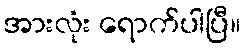
အားလုံး ရောက်ပါပြီ။